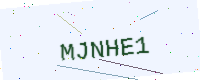
Text: MJNHE1